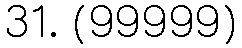
31. (99999)